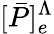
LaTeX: [\bar{P}]_{e}^{\Lambda}